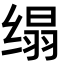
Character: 𦈖